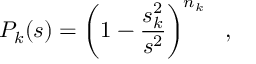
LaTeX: P _ { k } ( s ) = \left( 1 - { \frac { s _ { k } ^ { 2 } } { s ^ { 2 } } } \right) ^ { n _ { k } } \ \ ,